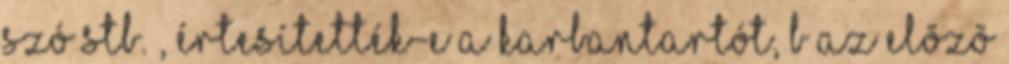
szó stb. , értesítették-e a karbantartót, b az elõzõ